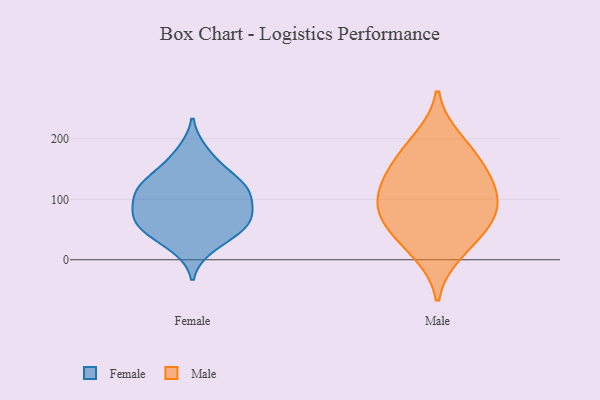
{"axis": {"x": "Energy Usage (MWh)", "y": "Value"}, "legend": ["Female", "Male"], "data": [{"x": "", "y": 71, "type": "Female"}, {"x": "", "y": 152, "type": "Female"}, {"x": "", "y": 127, "type": "Female"}, {"x": "", "y": 79, "type": "Female"}, {"x": "", "y": 22, "type": "Female"}, {"x": "", "y": 125, "type": "Female"}, {"x": "", "y": 178, "type": "Female"}, {"x": "", "y": 47, "type": "Female"}, {"x": "", "y": 106, "type": "Female"}, {"x": "", "y": 116, "type": "Female"}, {"x": "", "y": 60, "type": "Female"}, {"x": "", "y": 72, "type": "Female"}, {"x": "", "y": 108, "type": "Female"}, {"x": "", "y": 46, "type": "Female"}, {"x": "", "y": 133, "type": "Male"}, {"x": "", "y": 77, "type": "Male"}, {"x": "", "y": 11, "type": "Male"}, {"x": "", "y": 144, "type": "Male"}, {"x": "", "y": 98, "type": "Male"}, {"x": "", "y": 102, "type": "Male"}, {"x": "", "y": 200, "type": "Male"}, {"x": "", "y": 170, "type": "Male"}, {"x": "", "y": 61, "type": "Male"}, {"x": "", "y": 44, "type": "Male"}]}